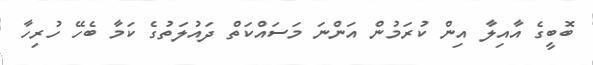
ބޮބީގެ އާއިލާ އިން ކުރަމުން އަންނަ މަސައްކަތް ދައުލަތުގެ ކަމާ ބެހޭ ހުރިހާ